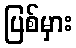
ပြစ်မှား